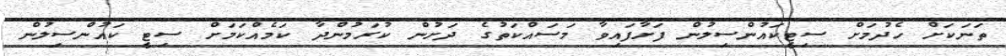
ތަނަކަށް ހެދުމަށް ސިޓީކައުންސިލުން ފަށާފައިވާ މަސައްކަތުގެ ދަށުން ކުރަމުންދާ ކަމެއްކަމަށް ސިޓީ ކައުންސިލުން